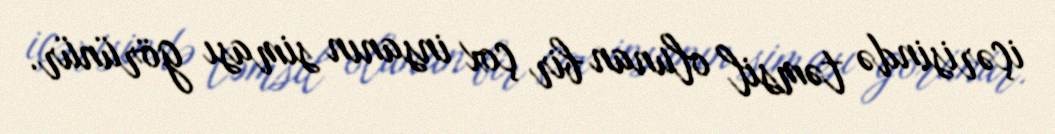
içərisində təmsil olunan bir çox insanın siması görünür.